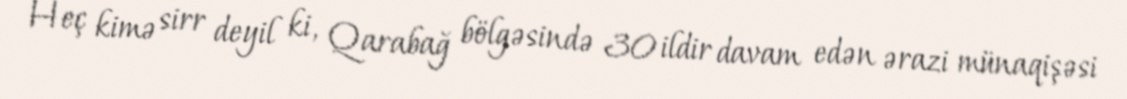
Heç kimə sirr deyil ki, Qarabağ bölgəsində 30 ildir davam edən ərazi münaqişəsi